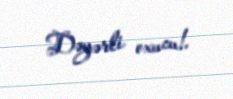
Dəyərli oxucu!.